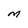
Character: M